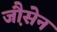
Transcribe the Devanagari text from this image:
जौ़सेन